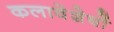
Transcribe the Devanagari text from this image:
कलावेशेषों